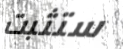
ستثبت